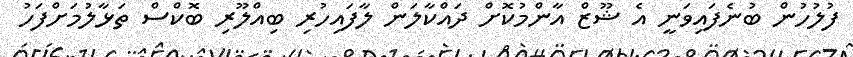
ފުލުހުން ބުނެފައިވަނީ އެ ޝޫޒް އާންމުކޮށް ދައްކާލަން ލާފައިހުރި ބިއްލޫރި ބޮކްސް ތަޅާލުމަށްފަހު